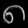
Digit: ၈